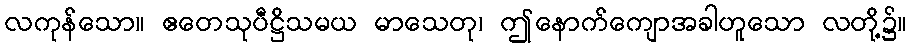
လကုန်သော။ ဧတေသုပီဋ္ဌိသမယ မာသေတု၊ ဤနောက်ကျောအခါဟူသော လတို့၌။